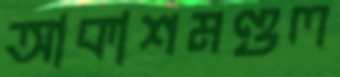
আকাশমণ্ডল